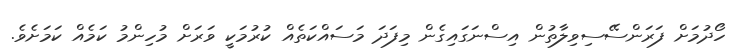
ހޯދުމަށް ފަރަންސޭސިވިލާތުން އިސްނަގައިގެން މިފަދަ މަސައްކަތެއް ކުރުމަކީ ވަރަށް މުހިންމު ކަމެއް ކަމަށެވެ.